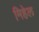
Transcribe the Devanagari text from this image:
मिहेल